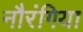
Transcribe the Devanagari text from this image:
नौरंगिया